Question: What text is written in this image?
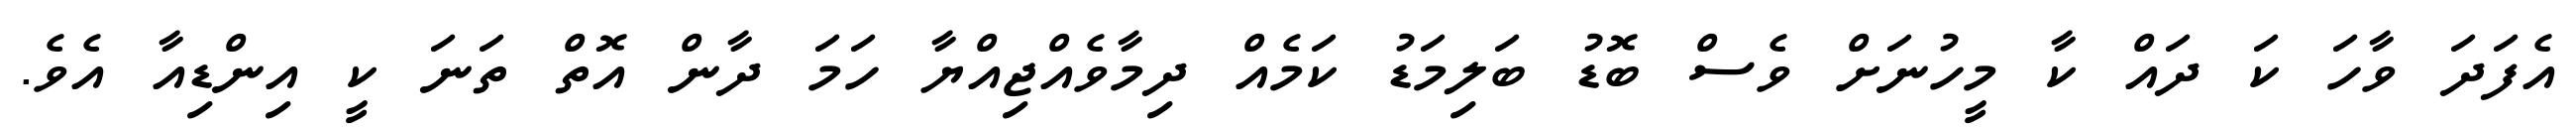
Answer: އެފަދަ ވާހަ ކަ ދައް ކާ މީހުނަށް ވެސް ބޮޑު ބަލިމަޑު ކަމެއް ދިމާވެއްޖިއްޔާ ހަމަ ދާން އޮތް ތަނަ ކީ އިންޑިއާ އެވެ.